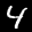
Label: 4